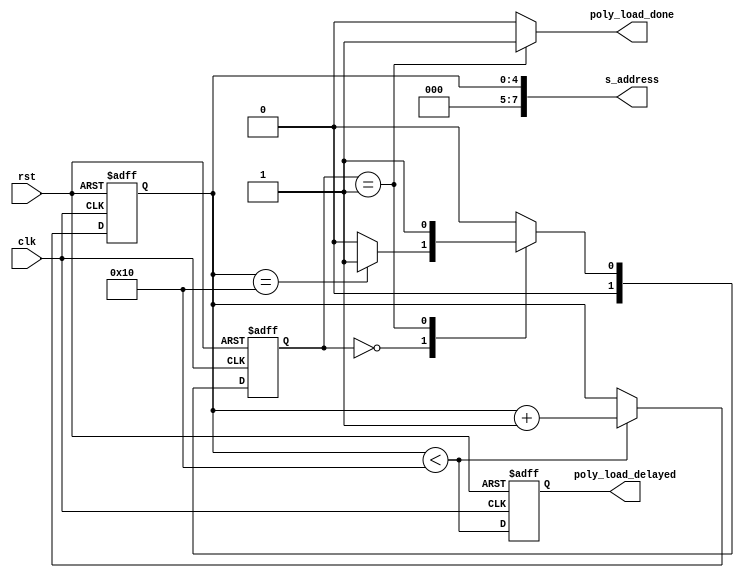
`timescale 1ns / 1ps

/***************************************************************************************************
    1. Design Name:             poly_load_control_BRAM1
    2. Preparation Date:        May 04, 2021
    3. Initial designed by:     Dr. Sujoy Sinha Roy and Andrea Basso
    4. Design optimized by:     Malik Imran and Samuel Pagliarini (Tallinn University of Technology, Estonia)              
    
    Note! The codes are for academic research use only and does not come with any support or any responsibility. 
****************************************************************************************************/


module poly_load_control_BRAM1(clk, rst, s_address, poly_load_delayed, poly_load_done);
input clk, rst;
output [7:0] s_address;
output reg poly_load_delayed;
output poly_load_done;

reg [4:0] poly_word_counter;
reg [1:0] state, nextstate;

always @(posedge clk or posedge rst) begin
	if (rst)
		poly_load_delayed <= 0;
	else
		poly_load_delayed <= poly_word_counter < 16;
end

assign s_address = poly_word_counter;
	
always @(posedge clk or posedge rst) begin
	if (rst)
		poly_word_counter <= 5'd0;
	else if (poly_word_counter < 16)
		poly_word_counter <= poly_word_counter + 5'd1;
	else
		poly_word_counter <= poly_word_counter;
end

always @(posedge clk or posedge rst) begin
	if (rst)
		state <= 0;
	else
		state <= nextstate;
end

always @(*)
begin
	case(state)
		0: begin // 
				if(poly_word_counter == 5'd16)
				    nextstate = 2'd1;
				else
				    nextstate = 2'd0;
		   end
		1: begin  nextstate = 2'd1;  end		
		default: nextstate = 2'd0;	
    endcase
end	

assign poly_load_done = state == 2'd1 ? 1'b1 : 1'b0;

endmodule